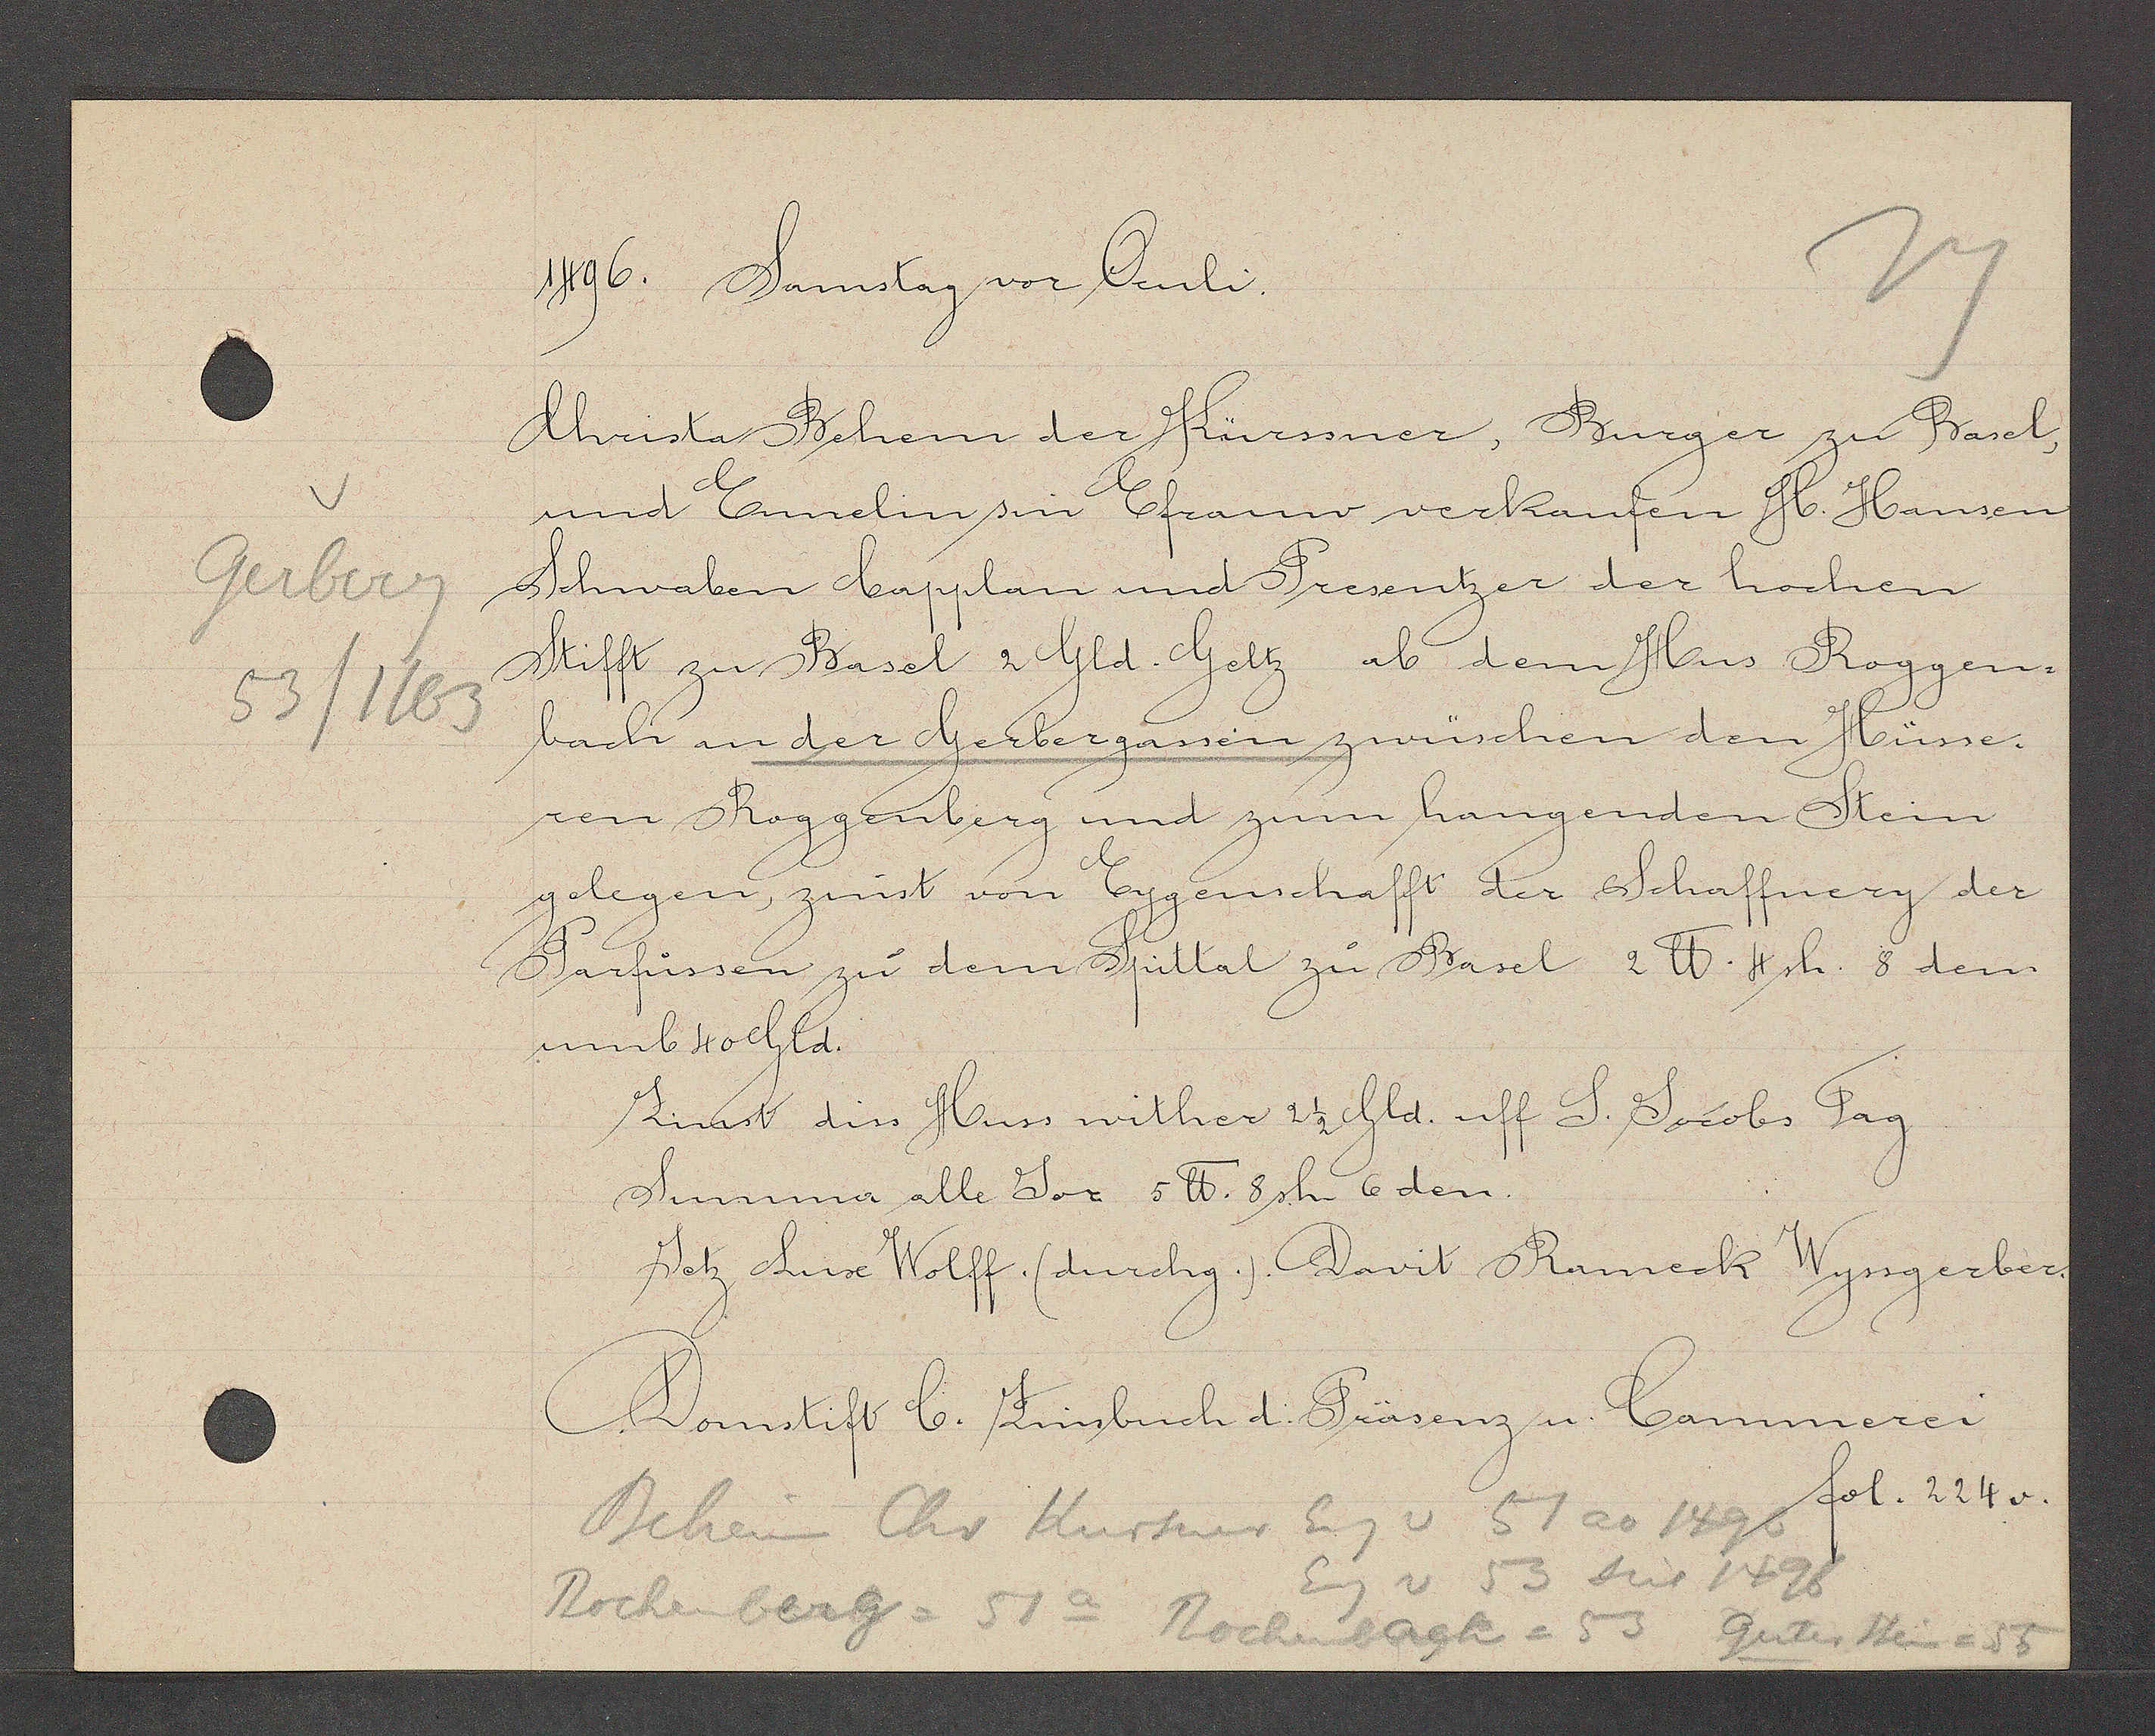
Transcript:
Gerberg
53/1163

1496. Samstag vor Oculi.

Christa Behem der Kürssner, Burger zu Basel,
und Ennelin sin Efrauw verkaufen H. Hansen
Schwaben Capplan und Presentzer der hochen
Stifft zu Basel 2 Gld. Geltz ab dem Hus Roggen-
bach an der Gerbergassen zwüschen den Hüsse-
ren Roggenberg und zum hangenden Stein
gelegen, zinst von Eygenschafft der Schaffnery der
Parfüssen zu dem Spittal zu Basel 2 ℔ 4 sh. 8 dem
umb 40 Gld.
Zinst diss Huss wither 2 1/2 Gld. uff S. Jacobs Tag.
Summa alle Jor 5 ℔. 8 sh. 6den.
Jetz Luse Wolff (Lurchg.) Davit Bameck Wyssgerber,

Behein Chr Kursner Eig v 51 ao 1495
Eig v 53 seit 1496
Rochenberg = 51a Rochenbagk = 53 guter stein = 55

Domstift C. Zinsbuch d. Präsenz u Cammerei
fol. 224v.